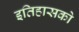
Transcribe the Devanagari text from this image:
इतिहासको